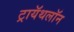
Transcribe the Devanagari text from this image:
ट्रायॅथलॉन